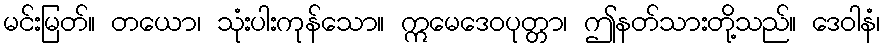
မင်းမြတ်။ တယော၊ သုံးပါးကုန်သော။ ဣမေဒေဝပုတ္တာ၊ ဤနတ်သားတို့သည်။ ဒေဝါနံ၊